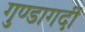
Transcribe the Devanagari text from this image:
गुण्डागर्दी